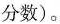
分数)。